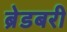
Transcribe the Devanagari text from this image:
ब्रेडबरी